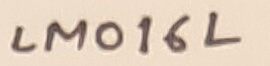
Text: LM016L